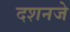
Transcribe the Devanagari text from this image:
दशनजे